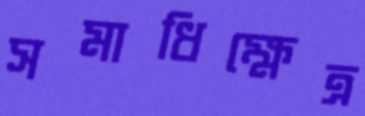
সমাধিক্ষেত্র